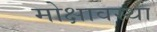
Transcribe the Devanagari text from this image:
मोक्षावस्था